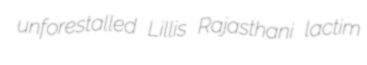
unforestalled Lillis Rajasthani lactim